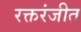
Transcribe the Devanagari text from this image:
रक्तरंजीत